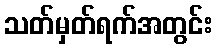
သတ်မှတ်ရက်အတွင်း